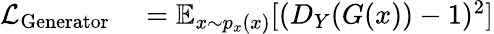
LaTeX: \begin{array}{rl}{\mathcal{L}_{\mathrm{Generator}}}&{{}=\mathbb{E}_{x\sim p_{x}(x)}[(D_{Y}(G(x))-1)^{2}]}\end{array}